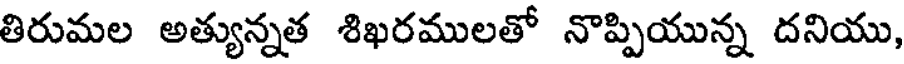
తిరుమల అత్యున్నత శిఖరములతో నొప్పియున్న దనియు,